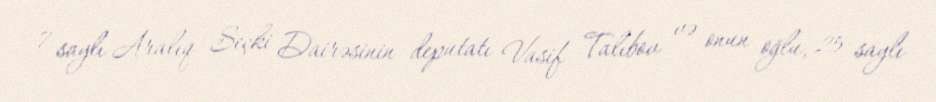
7 saylı Aralıq Seçki Dairəsinin deputatı Vasif Talıbov və onun oğlu, 25 saylı